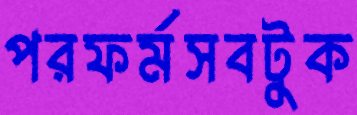
পরফর্মসবটুক